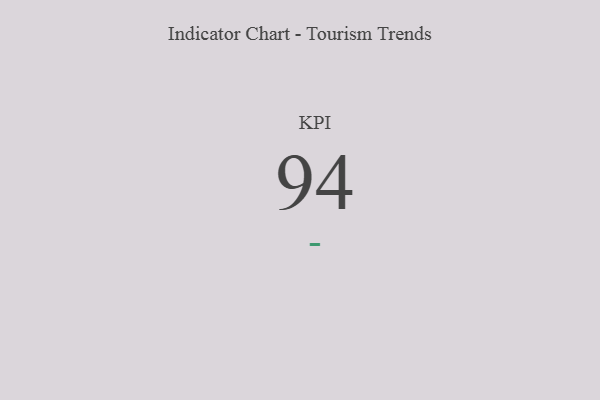
{"axis": {"x": "KPI", "y": "Value"}, "legend": [""], "data": [{"x": "KPI", "y": 94, "type": ""}]}